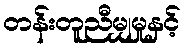
တန်းတူညီမျှမှုနှင့်